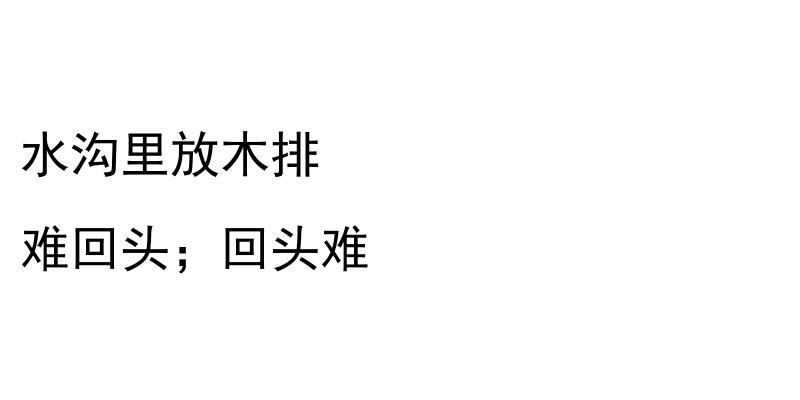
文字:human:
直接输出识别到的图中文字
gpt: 水沟里放木排 难回头；回头难